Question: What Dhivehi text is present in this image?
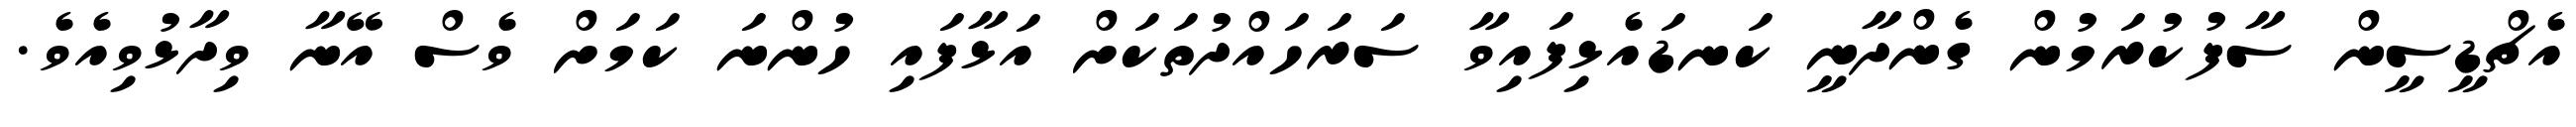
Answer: އެޗްޑީސީން ސާފުކުރަމުން ގެންދާނީ ކަނޑައެޅިފައިވާ ސަރަހައްދުތަކަށް އަޅާފައި ހުންނަ ކަމަށް ވެސް އޭނާ ވިދާޅުވިއެވެ.